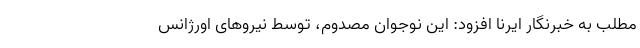
مطلب به خبرنگار ایرنا افزود: این نوجوان مصدوم، توسط نیروهای اورژانس